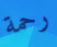
رحمة